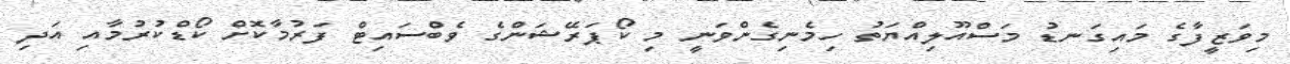
މިވަޒީފާގެ މައިގަނޑު މަސްއޫލިއްޔަތު ހިމެނިގެންވަނީ މި ކޯޕަރޭޝަންގެ ވެބްސައިޓް ފަރުމާކޮށް ކޯޑްކުރުމާއި އަދި